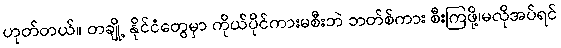
ဟုတ်တယ်။ တချို့ နိုင်ငံတွေမှာ ကိုယ်ပိုင်ကားမစီးဘဲ ဘတ်စ်ကား စီးကြဖို့၊မလိုအပ်ရင်